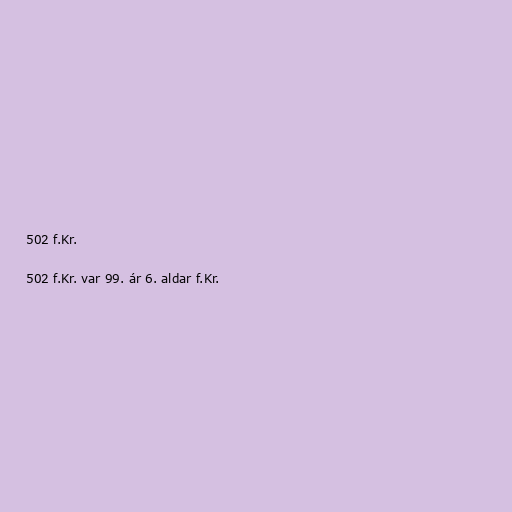
502 f.Kr.

502 f.Kr. var 99. ár 6. aldar f.Kr.